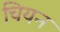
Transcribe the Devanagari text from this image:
चियन